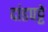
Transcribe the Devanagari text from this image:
दांडपट्टे